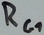
Text: RG1